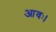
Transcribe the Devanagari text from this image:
आवः।